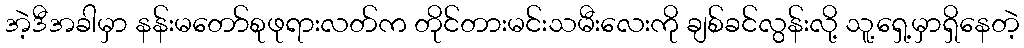
အဲ့ဒီအခါမှာ နန်းမတော်စုဖုရားလတ်က တိုင်တားမင်းသမီးလေးကို ချစ်ခင်လွန်းလို့ သူ့ရှေ့မှာရှိနေတဲ့